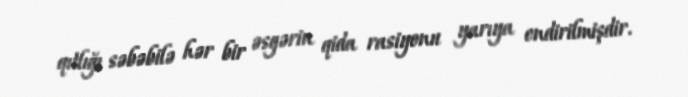
qıtlığı səbəbilə hər bir əsgərin qida rasiyonu yarıya endirilmişdir.